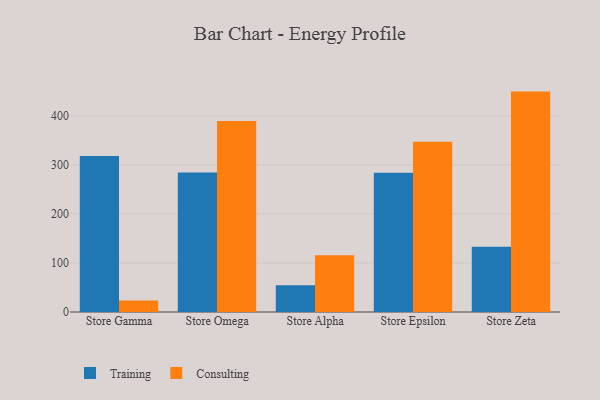
{"axis": {"x": "Store", "y": "Conversion Rate (%)"}, "legend": ["Consulting", "Training"], "data": [{"x": "Store Gamma", "y": 318.2, "type": "Training"}, {"x": "Store Gamma", "y": 23.2, "type": "Consulting"}, {"x": "Store Omega", "y": 284.5, "type": "Training"}, {"x": "Store Omega", "y": 389.6, "type": "Consulting"}, {"x": "Store Alpha", "y": 54.4, "type": "Training"}, {"x": "Store Alpha", "y": 115.9, "type": "Consulting"}, {"x": "Store Epsilon", "y": 283.8, "type": "Training"}, {"x": "Store Epsilon", "y": 347.2, "type": "Consulting"}, {"x": "Store Zeta", "y": 133.2, "type": "Training"}, {"x": "Store Zeta", "y": 449.3, "type": "Consulting"}]}